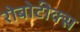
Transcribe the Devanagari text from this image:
रोबोटीक्स